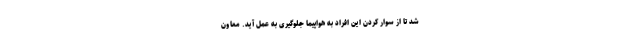
شد تا از سوار کردن این افراد به هواپیما جلوگیری به عمل آید. معاون